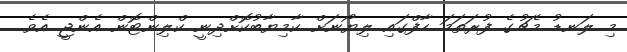
މި ލަނޑު މެޗުގެ ފުރަތަމަ ހާފްގައި ލިޔޯނަށް ކާމިޔާބުކޮށްދިނީ ކްލިންޓޮން އެންޖީ އެވެ.